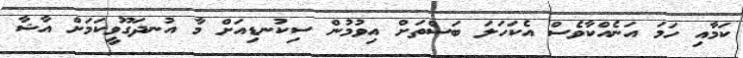
ކަމާއި ހަމަ އަނެއްކާވެސް އެކަހަލަ ބަސްތަށް އިވުމުން ސިކުނޑިއަށް މާ އުނދަގޫވީކަމަށް އާޝާ